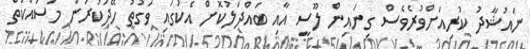
ނައުޝާދު ކުރިއަށްވުރެވެސް ގިނައިން ލޫސީ އާއި ބައްދަލުކޮށް އެކުގައި ވަގުތު ހޭދަކުރަން މަސައްކަތް